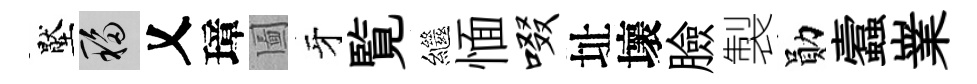
壓移乂璋圗牙覧繼愐啜址壞臉製勛蠧嶪